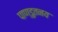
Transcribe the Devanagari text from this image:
पाण्डुतनय